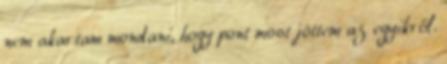
nem akartam mondani, hogy pont most jöttem az egyikről.